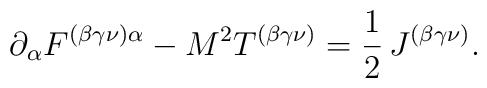
\partial _{\alpha }F^{(\beta \gamma \nu )\alpha }-M^{2}T^{(\beta \gamma \nu)}=\frac{1}{2}\,J^{(\beta \gamma \nu )}.